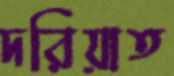
দরিয়াত